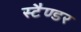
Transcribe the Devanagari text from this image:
स्टैण्डर